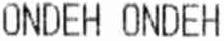
ONDEH ONDEH